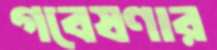
গবেষণার